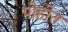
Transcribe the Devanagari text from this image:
पोहोत